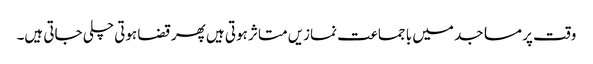
وقت پر مساجد میں با جماعت نمازیں متاثر ہوتی ہیں پھر قضا ہوتی چلی جاتی ہیں۔